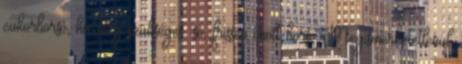
cukorborsó, ha még szükséges: só, frissen őrölt bors, Megismerhetetlenül